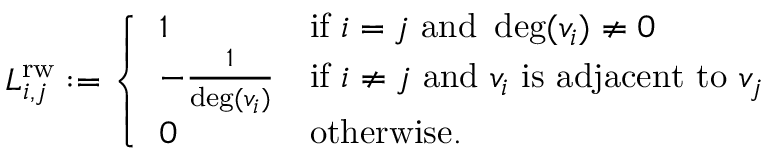
L _ { i , j } ^ { \mathrm { r w } } : = { \left\{ \begin{array} { l l } { 1 } & { { \mathrm { i f ~ } } i = j { \mathrm { ~ a n d ~ } } \deg ( v _ { i } ) \neq 0 } \\ { - { \frac { 1 } { \deg ( v _ { i } ) } } } & { { \mathrm { i f ~ } } i \neq j { \mathrm { ~ a n d ~ } } v _ { i } { \mathrm { ~ i s ~ a d j a c e n t ~ t o ~ } } v _ { j } } \\ { 0 } & { { \mathrm { o t h e r w i s e } } . } \end{array} \right. }